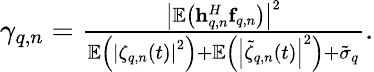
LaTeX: \begin{array}{r}{{\gamma_{q,n}}=\frac{{{{\left|{{\mathbb{E}}\left({{\mathbf{h}}_{q,n}^{H}{{\mathbf{f}}_{q,n}}}\right)}\right|}^{2}}}}{{{\mathbb{E}}\left({{{\left|{{\zeta_{q,n}}\left(t\right)}\right|}^{2}}}\right)+{\mathbb{E}}\left({{{\left|{{{\tilde{\zeta}}_{q,n}}\left(t\right)}\right|}^{2}}}\right)+{\tilde{\sigma}_{q}}}}.}\end{array}